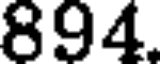
894.